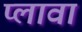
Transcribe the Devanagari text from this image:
प्लावा